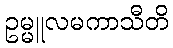
ဥမ္မူလမကာသီတိ